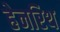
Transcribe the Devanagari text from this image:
हेनरिथ